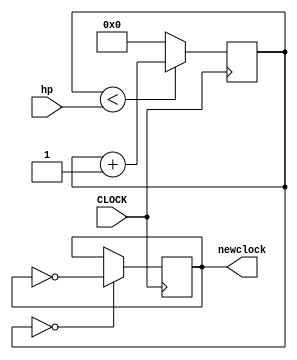
module fclock(
    input CLOCK,
    input [27:0]hp, //half of period * 10^8
    output newclock
    );
    
    reg [27:0] count = 0;
    reg newclock = 0;
    
    always @ (posedge CLOCK) begin    
        if (count < hp) count <= count + 1; 
        else begin count <= 0; end  
        newclock <= ( count == 0 ) ? ~newclock : newclock ;  
    end
endmodule